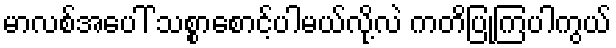
မာလစ်အပေါ် သစ္စာစောင့်ပါမယ်လို့လဲ ကတိပြုကြပါကွယ်